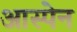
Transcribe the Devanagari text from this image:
आस्पेन